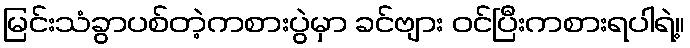
မြင်းသံခွာပစ်တဲ့ကစားပွဲမှာ ခင်ဗျား ဝင်ပြီးကစားရပါရဲ့။